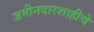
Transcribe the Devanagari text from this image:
जमीनदारशाहीचे